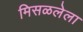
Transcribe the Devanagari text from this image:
मिसळलेला